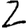
Digit: 2